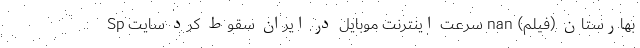
بهارستان (فیلم) nan سرعت اینترنت موبایل در ایران سقوط کرد سایت Sp